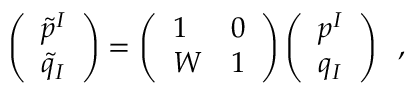
\left( \begin{array} { l } { { \tilde { p } ^ { I } } } \\ { { \tilde { q } _ { I } } } \end{array} \right) = \left( \begin{array} { l l } { { 1 } } & { { 0 } } \\ { { W } } & { { 1 } } \end{array} \right) \left( \begin{array} { l } { { p ^ { I } } } \\ { { q _ { I } } } \end{array} \right) \; \; ,